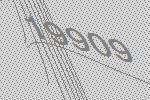
19909